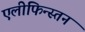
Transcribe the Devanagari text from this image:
एलीफिन्स्तन